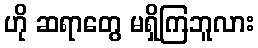
ဟို ဆရာတွေ မရှိကြဘူလား